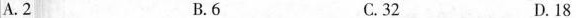
A.2 B.6 C.32 D.18